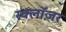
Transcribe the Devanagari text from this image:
स्क्लॉज़र